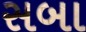
સબા